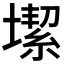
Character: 𡐤